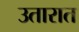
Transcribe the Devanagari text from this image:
उतारात